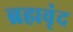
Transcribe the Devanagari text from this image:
ब्रह्मवृंद